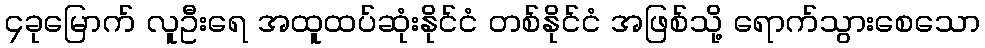
၄ခုမြောက် လူဦးရေ အထူထပ်ဆုံးနိုင်ငံ တစ်နိုင်ငံ အဖြစ်သို့ ရောက်သွားစေသော